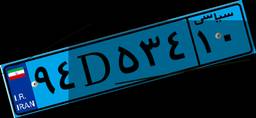
۹۰D۵۰۲۹۴